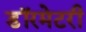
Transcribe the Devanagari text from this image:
डॉरमेटरी